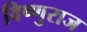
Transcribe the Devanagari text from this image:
विष्णुराज